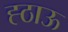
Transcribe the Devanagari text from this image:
ह्ठाऊ